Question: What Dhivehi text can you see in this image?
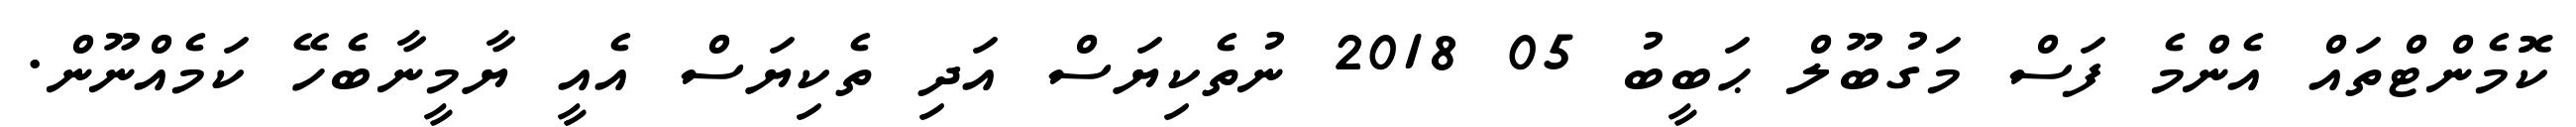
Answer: ކޮމެންޓްތައް އެންމެ ފަސް މަގުބޫލް ޙަބީބު 05 2018 ނުތެކިޔަސް އަދި ތެކިޔަސް އެއީ ޔާމީނާބެހޭ ކަމެއްނޫން.